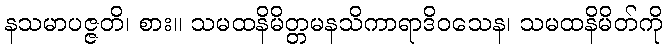
နသမာပဇ္ဇတိ၊ စား။ သမထနိမိတ္တမနသိကာရာဒိဝသေန၊ သမထနိမိတ်ကို